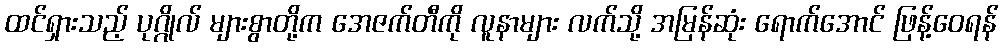
ထင်ရှားသည့် ပုဂ္ဂိုလ် များစွာတို့က အေဇက်တီကို လူနာများ လက်သို့ အမြန်ဆုံး ရောက်အောင် ဖြန့်ဝေရန်